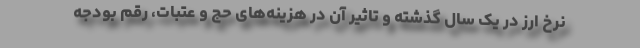
نرخ ارز در یک سال گذشته و تاثیر آن در هزینه‌های حج و عتبات، رقم بودجه